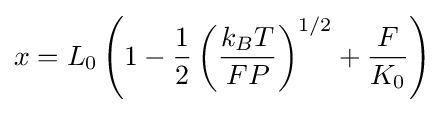
x=L_{0}\left(1-{\frac {1}{2}}\left({\frac {k_{B}T}{FP}}\right)^{1/2}+{\frac {F}{K_{0}}}\right)